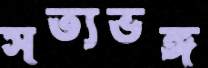
সত্যভঙ্গ